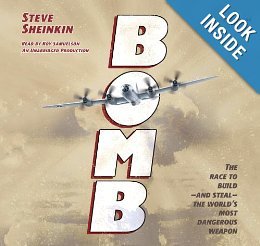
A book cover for BOMB; Steve Sheinkin; Engineering & Transportation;